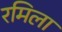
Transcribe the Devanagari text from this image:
रमिला